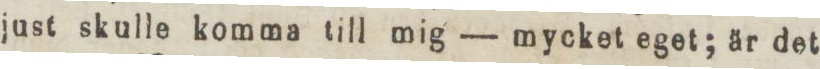
just skulle komma till mig — mycket eget; är det